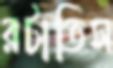
রটাতিস